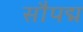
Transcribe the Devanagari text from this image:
सौपद्म